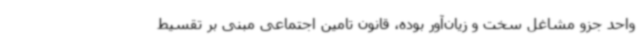
واحد جزو مشاغل سخت و زیان‌آور بوده، قانون تامین اجتماعی مبنی بر تقسیط